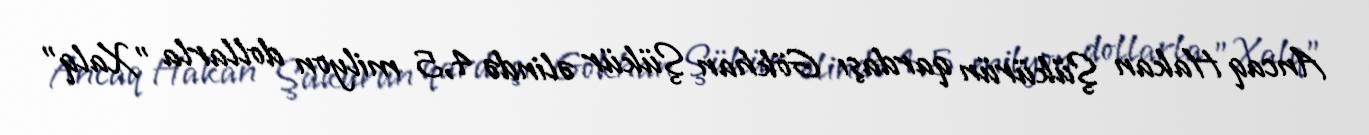
Ancaq Hakan Şükürün qardaşı Gökhan Şükür əlində 4,5 milyon dollarla "Xalq"